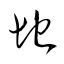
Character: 地